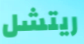
ريتشل